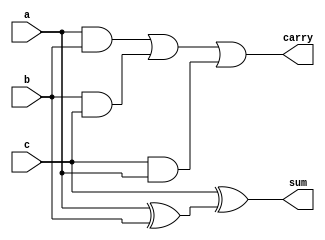
`timescale 1ns / 1ps
//////////////////////////////////////////////////////////////////////////////////
// Company: 
// Engineer: 
// 
// Design Name: 
// Module Name:    S2fulladder 
// Project Name: 
// Target Devices: 
// Tool versions: 
// Description: 
//
// Dependencies: 
//
// Revision: 
// Revision 0.01 - File Created
// Additional Comments: 
//
//////////////////////////////////////////////////////////////////////////////////
module S2fulladder(a,b,c,sum,carry
    );
input a,b,c;
output sum,carry;
wire sum,carry,s,x,y,z;
xor x1(s,a,b);
xor x2(sum,c,s);
and a1(x,a,b);
and a2(y,b,c);
and a3(z,c,a);
or o1(carry,x,y,z);
endmodule